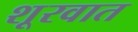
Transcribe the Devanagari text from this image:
शूरवात